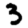
Digit: 3